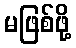
မဖြစ်ဖို့